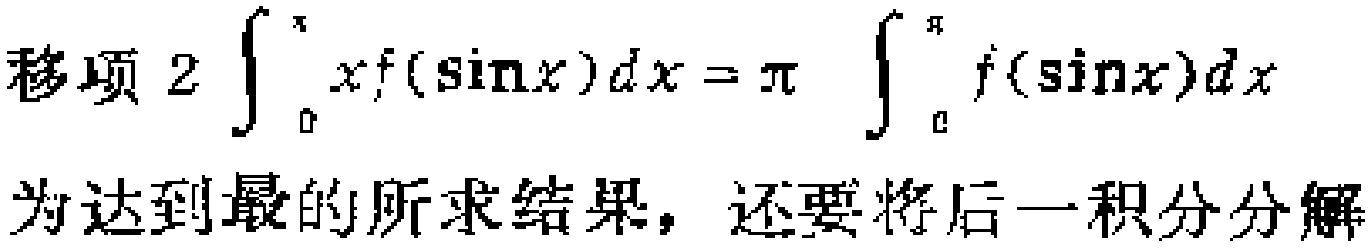
移项\(2\int_{0}^{\pi}xf(\sin x)dx = \pi\int_{0}^{\pi}f(\sin x)dx\)
为达到最的所求结果，还要将后一积分分解